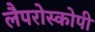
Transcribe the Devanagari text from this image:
लैपरोस्कोपी